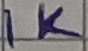
Text: 1K